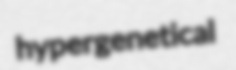
hypergenetical